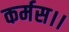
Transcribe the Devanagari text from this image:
कर्मस।।